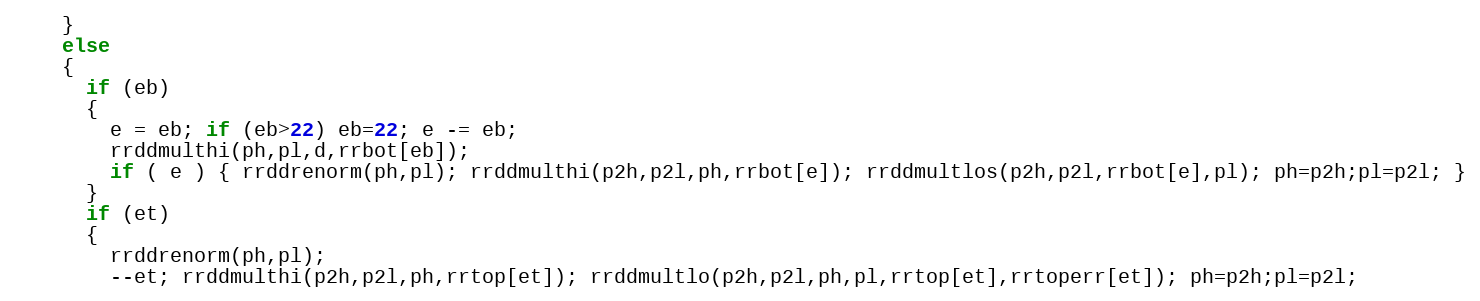
Language: C
    }
    else
    {
      if (eb)
      {
        e = eb; if (eb>22) eb=22; e -= eb;
        rrddmulthi(ph,pl,d,rrbot[eb]);
        if ( e ) { rrddrenorm(ph,pl); rrddmulthi(p2h,p2l,ph,rrbot[e]); rrddmultlos(p2h,p2l,rrbot[e],pl); ph=p2h;pl=p2l; }
      }
      if (et)
      {
        rrddrenorm(ph,pl);
        --et; rrddmulthi(p2h,p2l,ph,rrtop[et]); rrddmultlo(p2h,p2l,ph,pl,rrtop[et],rrtoperr[et]); ph=p2h;pl=p2l;